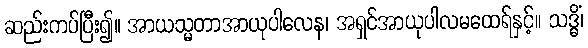
ဆည်းကပ်ပြီး၍။ အာယသ္မတာအာယုပါလေန၊ အရှင်အာယုပါလမထေရ်နှင့်။ သဒ္ဓိံ၊